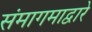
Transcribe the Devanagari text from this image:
संमागमाद्वारे